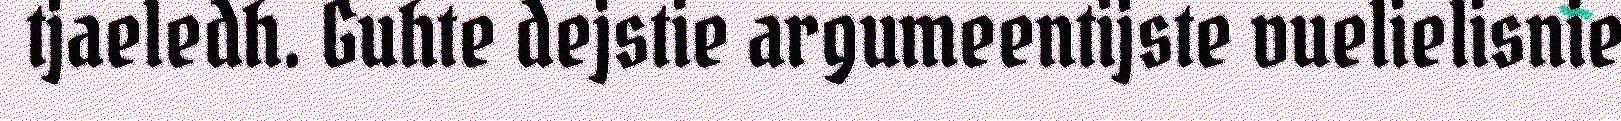
tjaeledh. Guhte dejstie argumeentijste vuelielisnie